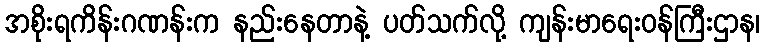
အစိုးရကိန်းဂဏန်းက နည်းနေတာနဲ့ ပတ်သက်လို့ ကျန်းမာရေးဝန်ကြီးဌာန၊